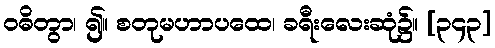
ဝဓိတွာ၊ ၍။ စတုမဟာပထေ၊ ခရီးလေးဆုံ၌။ [၃၄၃]